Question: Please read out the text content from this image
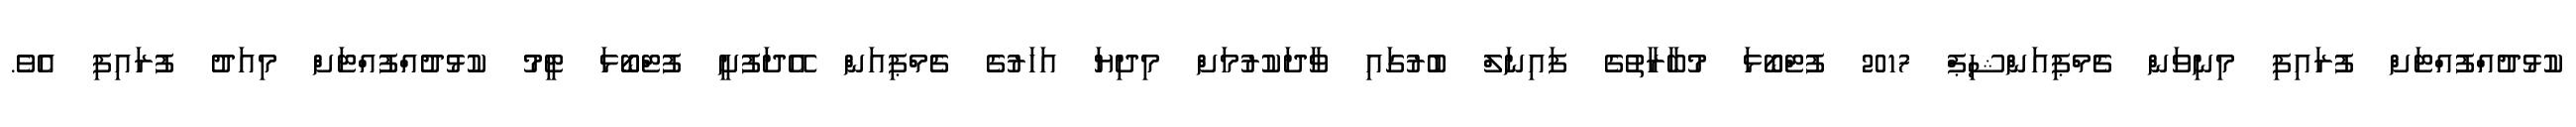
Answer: ކުޅުދުއްފުއްޓަށް ފުރައިފި މިނިވަން ޗެމްޕިއަންޝިޕް 2017 ފުޓްބޯޅަ މުބާރާތުގެ ފައިނަލް ބުރުގައި ވާދަކުރުމަށް މިދިޔަ އަހަރުގެ ޗެމްޕިއަން އޭދަފުށީ ފުޓްބޯޅަ ޓީމު ކުޅުދުއްފުއްޓަށް މިއަދު ފުރައިފި އެވެ.